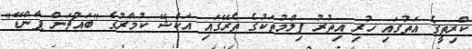
ކްރިތީގެ އަތުގައި ހުރި އިތުރު ފިލްމުތަކުގެ ތެރޭގައި އަކްޝޭ ކުމާރުގެ "ބައްޗަން ޕާންޑޭ"